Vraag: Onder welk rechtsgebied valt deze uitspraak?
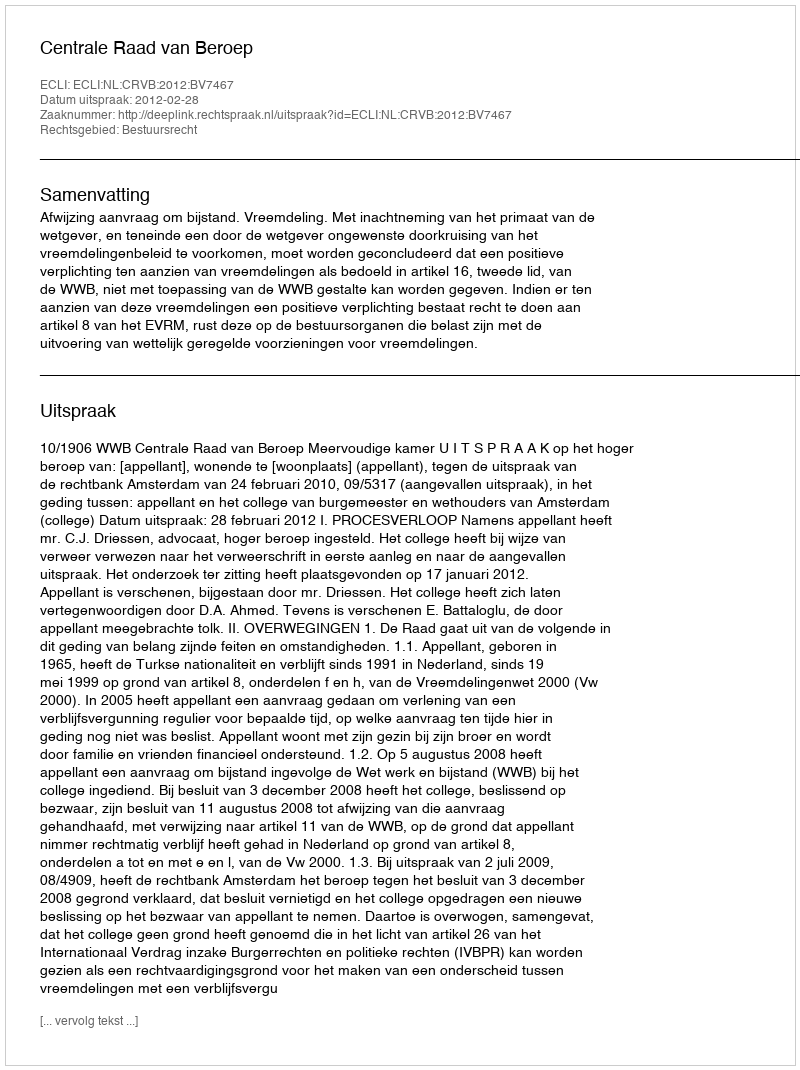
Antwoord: Bestuursrecht